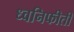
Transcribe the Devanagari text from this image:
ध्वनिफीती